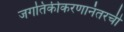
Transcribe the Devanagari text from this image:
जगतिकीकरणानंतरची